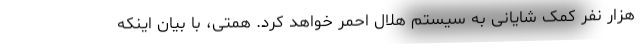
هزار نفر کمک شایانی به سیستم هلال احمر خواهد کرد. همتی، با بیان اینکه